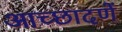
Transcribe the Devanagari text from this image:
आच्छादणें